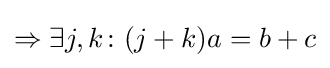
\Rightarrow \exists j,k\colon (j+k)a=b+c